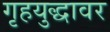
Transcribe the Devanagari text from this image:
गृहयुद्धावर